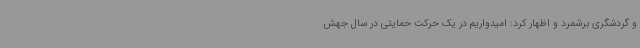
و گردشگری برشمرد و اظهار کرد: امیدواریم در یک حرکت حمایتی در سال جهش